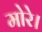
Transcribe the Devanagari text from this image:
मोरे।